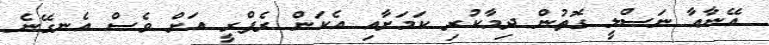
އޭނާއާ ނަސްލީ ގޮތުން ދިމާކުރި ކަމަށާއި އެކަން ރެފްރީ އަށް ވެސް އެނގޭނެ